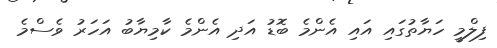
ފިލްމީ ހަޔާތުގައި އައި އެންމެ ބޮޑު އަދި އެންމެ ކާމިޔާބު އަހަރު ވެސްމެ